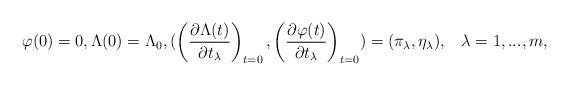
LaTeX: \begin{align*}\varphi(0)=0, \Lambda(0)=\Lambda_0,( \left(\frac{\partial \Lambda(t)}{\partial t_{\lambda}}\right)_{t=0},\left(\frac{\partial \varphi(t)}{\partial t_{\lambda}}\right)_{t=0})=(\pi_{\lambda},\eta_{\lambda}),\,\,\,\,\, \lambda=1,...,m,\end{align*}